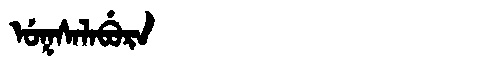
Manchu: ᡠᡴᠰᠠᠯᠠᠪᡠᡵᠠ
Romanization: UKSALABURA